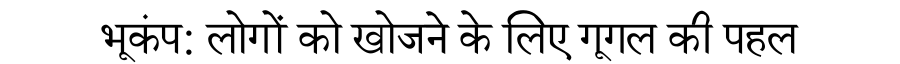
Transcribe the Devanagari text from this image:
भूकंप: लोगों को खोजने के लिए गूगल की पहल